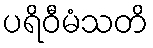
ပရိဝီမံသတိ